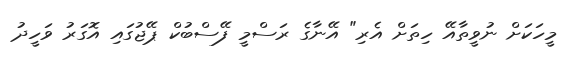
މީހަކަށް ނުވީތާއޭ ހިތަށް އެރި" އޭނާގެ ރަސްމީ ފޭސްބުކް ޕޭޖުގައި އޮގަރު ވަހީދު